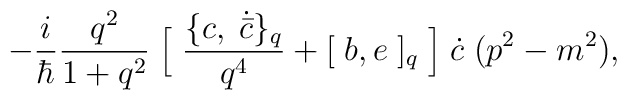
-\frac{i}{\hbar} \frac{q^2}{1+q^2}\;\Bigl [\; \frac {\{ c, \;\dot {\bar c} \}_{q}}{q^4} + [\;b,e\;]_{q} \;\Bigr ]\;\dot c\; (p^2 - m^2),